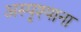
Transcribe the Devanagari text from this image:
अस्पृश्याना